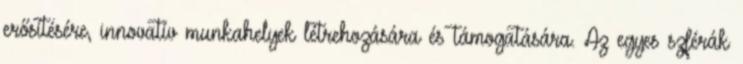
erősítésére, innovatív munkahelyek létrehozására és támogatására. Az egyes szférák